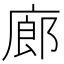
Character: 廊